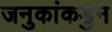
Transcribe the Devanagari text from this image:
जनुकांकडुन